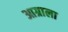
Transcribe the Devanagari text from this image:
आग्राला